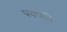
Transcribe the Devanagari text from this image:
पथपति